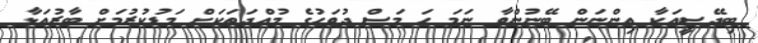
ބިދޭސީއަކާ އިންނަން ބޭނުންވާ ނަމަ ހަ މަސް ދުވަހުގެ މުއްދަތަކަށް މަޑުކުރުމަށް ބާރުއަޅާ